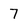
Character: 7